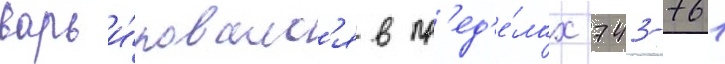
варьи́ровалс'я в пр'ед'е́лах 743-761